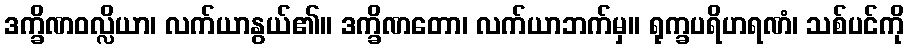
ဒက္ခိဏဝလ္လိယာ၊ လက်ယာနွယ်၏။ ဒက္ခိဏတော၊ လက်ယာဘက်မှ။ ရုက္ခပရိဟရဏံ၊ သစ်ပင်ကို